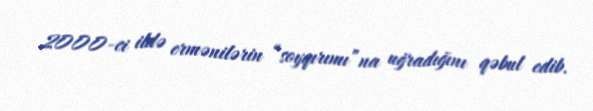
2000-ci ildə ermənilərin “soyqırımı”na uğradığını qəbul edib.